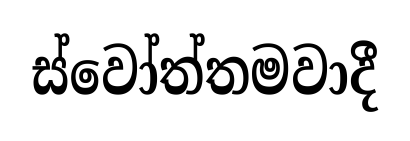
ස්වෝත්තමවාදී